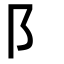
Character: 阝